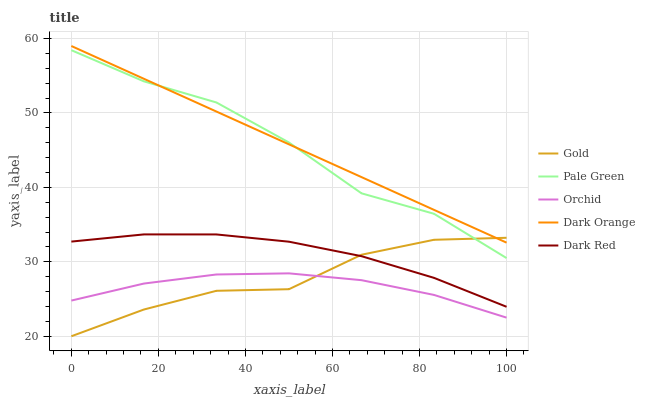
| xaxis_label | Gold | Pale Green | Orchid | Dark Orange | Dark Red |
 | --- | --- | --- | --- | --- | --- |
 | 0 | 20 | 58.4 | 24.8 | 59 | 32.7 |
 | 16.7 | 23.6 | 54.3 | 27.1 | 54.6 | 33.7 |
 | 33.3 | 26.1 | 51.4 | 28.3 | 50.2 | 33.7 |
 | 50 | 26.3 | 46 | 28.5 | 45.8 | 32.7 |
 | 66.7 | 31 | 39.2 | 27.5 | 41.4 | 30.8 |
 | 83.3 | 33 | 36.5 | 25.6 | 37 | 27.8 |
 | 100 | 33.2 | 30.5 | 22.5 | 32.6 | 24 |